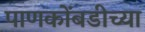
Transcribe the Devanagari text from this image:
पाणकोंबडीच्या